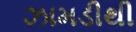
ઝામડીથી